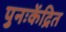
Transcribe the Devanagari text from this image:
पुनःकेंद्रित